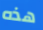
هذه